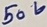
Text: 50V